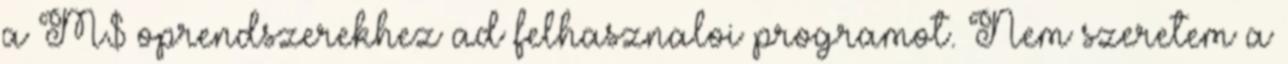
a M$ oprendszerekhez ad felhasznaloi programot. Nem szeretem a